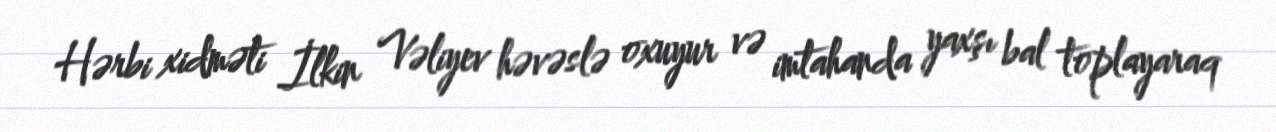
Hərbi xidməti İlkin Vəliyev həvəslə oxuyur və imtahanda yaxşı bal toplayaraq